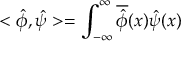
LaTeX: < \hat { \phi } , \hat { \psi } > = \int _ { - \infty } ^ { \infty } \overline { { { \hat { \phi } } } } ( x ) \hat { \psi } ( x )